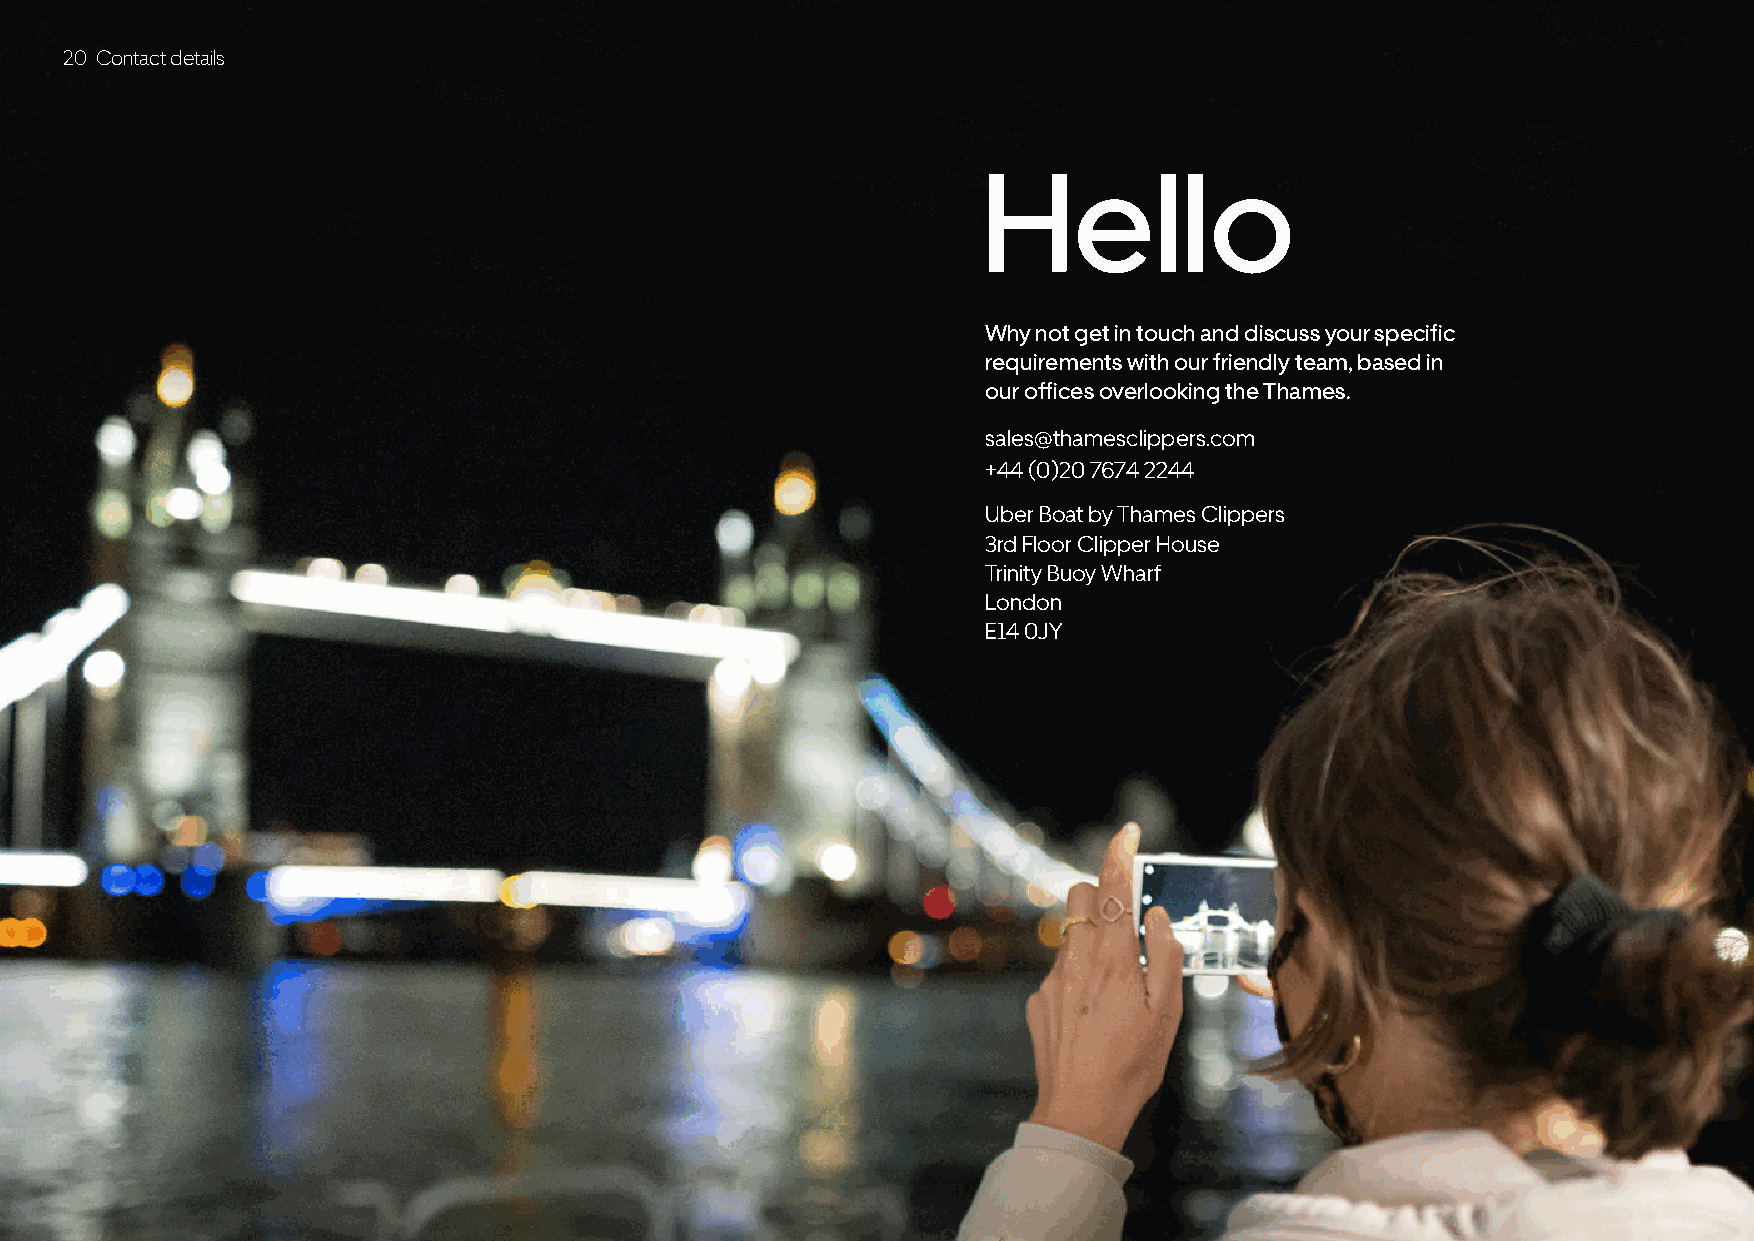
20 Contact details
 Hello
 Why not get in touch and discuss your specific
 requirements with our friendly team, based in
 our offices overlooking the Thames.
 sales@thamesclippers.com
 +44 (0)20 7674 2244
 Uber Boat by Thames Clippers
 3rd Floor Clipper House
 Trinity Buoy Wharf
 London
 E14 0JY